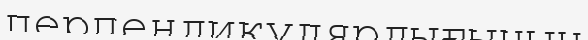
перпендикулярлығының